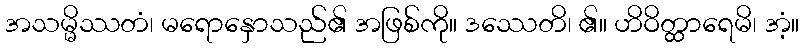
အသမ္မိဿတံ၊ မရောနှောသည်၏ အဖြစ်ကို။ ဒဿေတိ၊ ၏။ ဟိဝိတ္ထာရေမိ၊ အံ့။